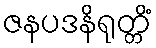
ဇနပဒနိရုတ္တိံ